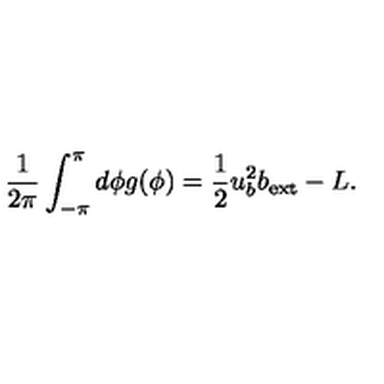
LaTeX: \frac { 1 } { 2 \pi } \int _ { - \pi } ^ { \pi } d \phi g ( \phi ) = \frac { 1 } { 2 } u _ { b } ^ { 2 } b _ { \mathrm { e x t } } - L .